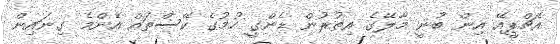
އެޗްޕީއޭ އިން ބުނީ މާލޭގެ އިތުރުން ޑެންގީ ހުމުގެ ކޭސްތައް އެންމެ ގިނައިން